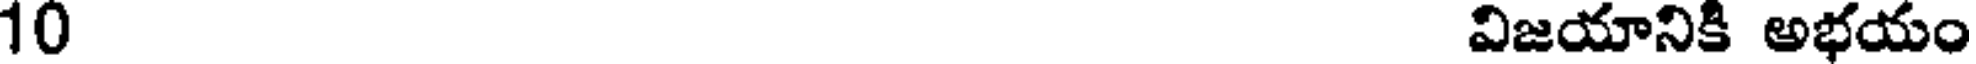
10 విజయానికి అభయం